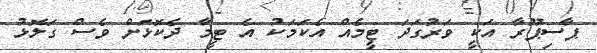
ޕާސިޕޫރާ އަކީ ވަރުގަދަ ޓީމެއް އެކަމަކު އެ ޓީމާ ދެކޮޅަށް ވެސް ގަލޮޅު